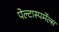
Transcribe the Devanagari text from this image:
पेल्टास्पर्मेल्स